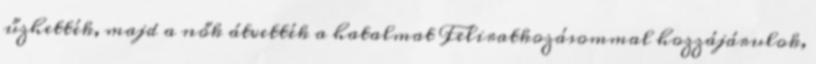
űzhették, majd a nők átvették a hatalmat Feliratkozásommal hozzájárulok,